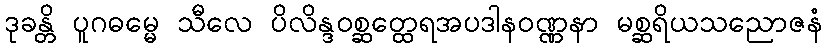
ဒုခန္တိ ပူဂဓမ္မေ သီလေ ပိလိန္ဒဝစ္ဆတ္ထေရအပဒါနဝဏ္ဏနာ မစ္ဆရိယသညောဇနံ